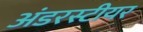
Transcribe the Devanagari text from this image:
अंडरस्टीयर